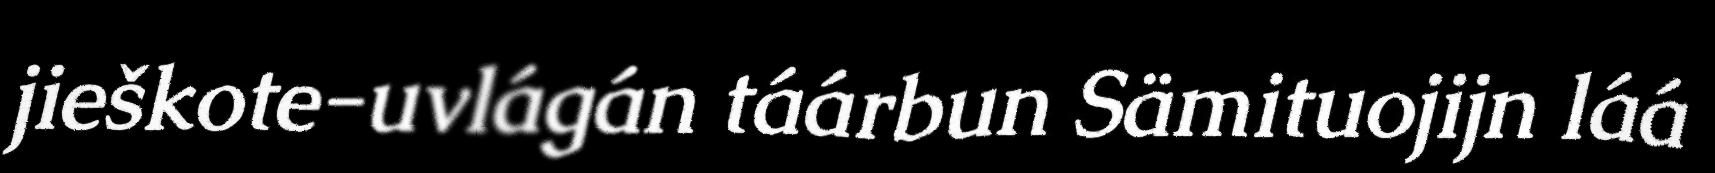
jieškote-uvlágán táárbun Sämituojijn láá